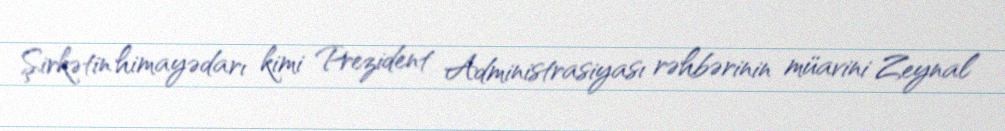
Şirkətin himayədarı kimi Prezident Administrasiyası rəhbərinin müavini Zeynal